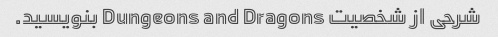
شرحی از شخصیت Dungeons and Dragons بنویسید.